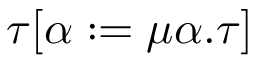
\tau [ \alpha : = \mu \alpha . \tau ]